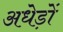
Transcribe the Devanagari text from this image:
अधेड़ों